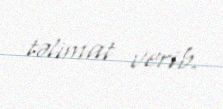
təlimat verib.